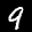
Label: 9